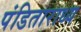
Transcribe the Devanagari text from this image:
पंडिताराध्य